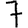
Digit: 7